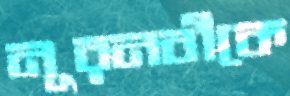
নূরনবীকে